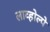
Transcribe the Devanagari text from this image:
लाव्होल्पे